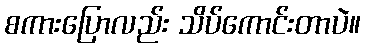
စကားပြောလည်း သိပ်ကောင်းတာပဲ။